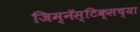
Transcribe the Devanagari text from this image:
जिम्नॅस्टिक्सच्या